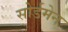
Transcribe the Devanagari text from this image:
सोर्डमेन